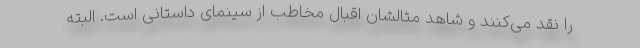
را نقد می‌کنند و شاهد مثالشان اقبال مخاطب از سینمای داستانی است. البته